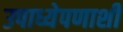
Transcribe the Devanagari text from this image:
उपाध्येपणाशी